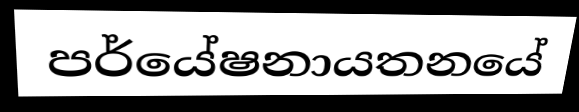
පර්යේෂනායතනයේ